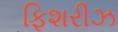
ફિશરીઝ